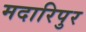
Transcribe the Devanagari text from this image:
मदारिपुर